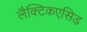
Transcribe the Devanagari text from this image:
लैक्टिकएसिड